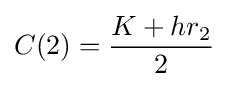
C(2)={\frac {K+hr_{2}}{2}}